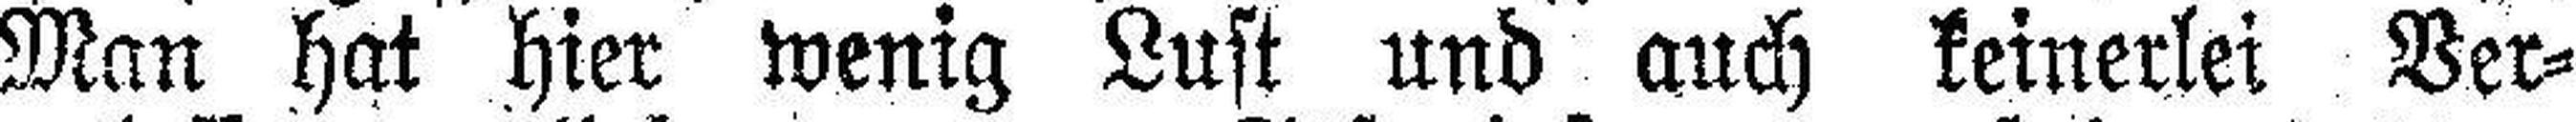
Man hat hier wenig Lust und auch keinerlei Ver¬